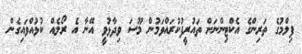
ފިލްމުގެ ތަރިންގެ އެކްޓިންނަށް ތައުރީފުކުރައްވަމުން މޫސަ ވިދާޅުވީ އޭނާ އެ ރޯލެއް ކުޅުއްވައިގެން